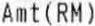
AMT(RM)